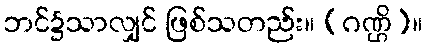
ဘင်၌သာလျှင် ဖြစ်သတည်း။ (ဂဏ္ဌိ)။